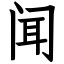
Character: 闻